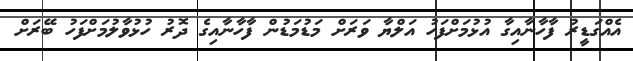
އެއްގަޑީރު ފާހާނާއިގާ އުޅުމަށްފަހު އަލްޔާ ވަރަށް މަޑުމަޑުން ފާހާނާއިގެ ދޮރު ހުޅުވާލުމަށްފަހު ބޭރަށް